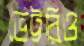
ভেট্টরিও